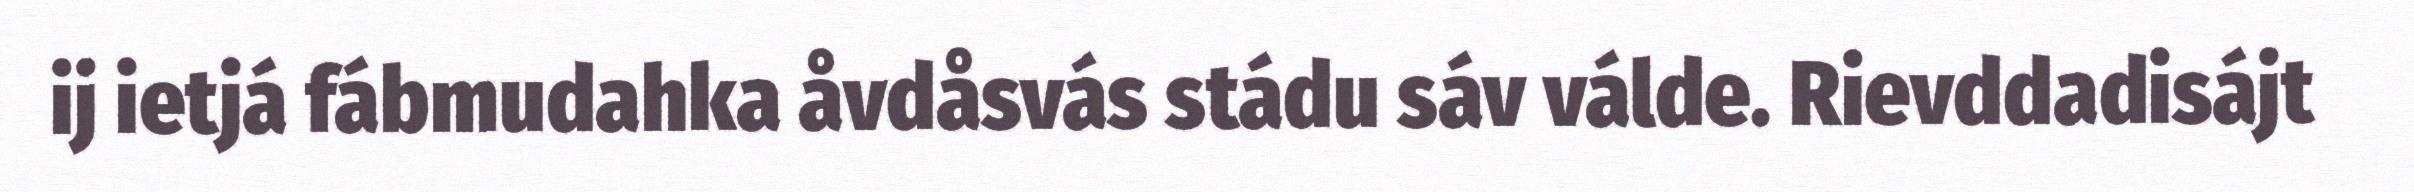
ij ietjá fábmudahka åvdåsvás stádu sáv válde. Rievddadisájt